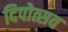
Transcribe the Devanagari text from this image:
दिपोत्सव